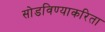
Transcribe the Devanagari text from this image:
सोडविण्याकरिता